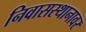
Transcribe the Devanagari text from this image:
निवासस्थानावर